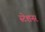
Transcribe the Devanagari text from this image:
स्टेशनर